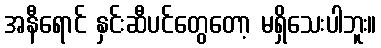
အနီရောင် နှင်းဆီပင်တွေတော့ မရှိသေးပါဘူး။